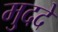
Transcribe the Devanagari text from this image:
मु्ददे